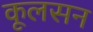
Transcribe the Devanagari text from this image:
कूलसन